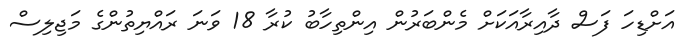
އަށްޑިހަ ފަސް ދާއިރާއަކަށް މެންބަރުން އިންތިހާބު ކުރާ 18 ވަނަ ރައްޔިތުންގެ މަޖިލިސް